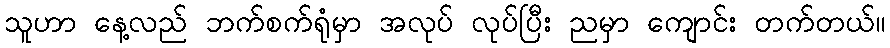
သူဟာ နေ့လည် ဘက်စက်ရုံမှာ အလုပ် လုပ်ပြီး ညမှာ ကျောင်း တက်တယ်။